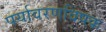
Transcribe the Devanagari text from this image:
पर्यावरणविषक